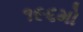
૧૯૬મો